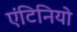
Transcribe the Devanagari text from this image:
एंटिनियो